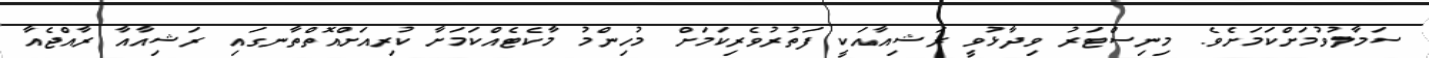
ސަމާލުވުމަށްކަމަށެވެ. މިނިސްޓަރު ވިދާޅުވީ ރަޝިއާއަކީ ފަތުރުވެރިކަމަށް މުހިންމު މާކެޓެއްކަމަށާ ކުރިއަށްއޮތްތާނގައި ރަޝިއާއާ ރާއްޖެއާ